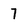
Character: 7